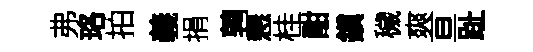
弗珞拍義捐鹑懇桂酣鎭穢爽亘趾